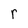
Character: r